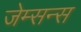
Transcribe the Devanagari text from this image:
जेम्सन्स